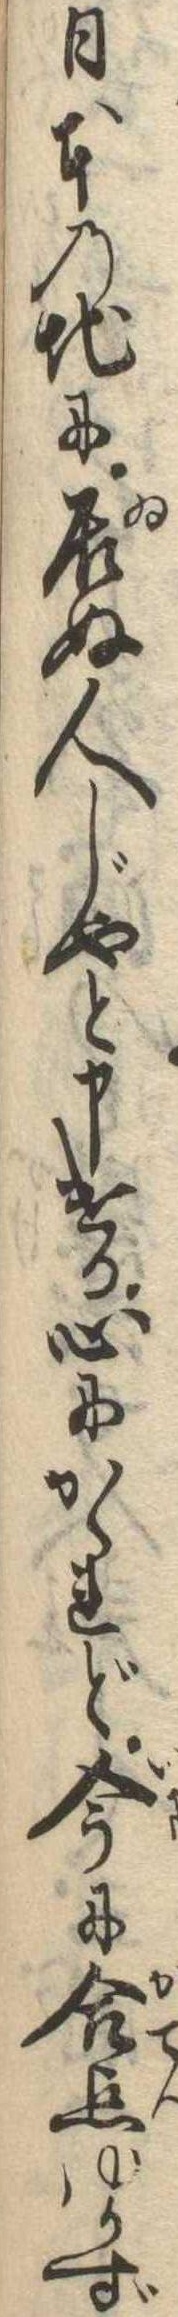
日本の地に居ぬ人じやと申ける心にかゝれど今に合点ゆかず